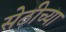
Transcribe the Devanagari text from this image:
सेठीच्या